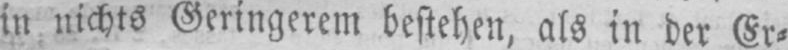
in nichts Geringerem bestehen, als in der Er⸗